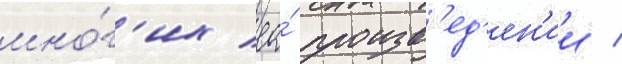
мно́г'их ео́ произв'ед'ен'ии /